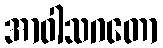
အာဝါသဂတော